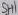
Text: SH1